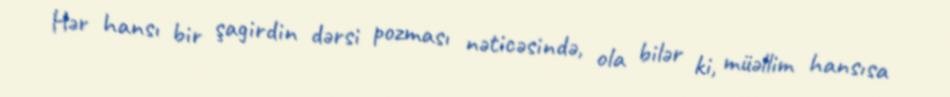
Hər hansı bir şagirdin dərsi pozması nəticəsində, ola bilər ki, müəllim hansısa